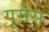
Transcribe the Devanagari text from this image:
गूसेस